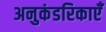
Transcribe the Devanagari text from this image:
अनुकंडरिकाएँ